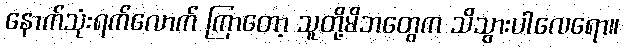
နောက်သုံးရက်လောက် ကြာတော့ သူတို့မိဘတွေက သိသွားပါလေရော။